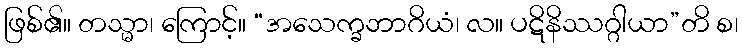
ဖြစ်၏။ တသ္မာ၊ ကြောင့်။ “အသေက္ခဘာဂိယံ၊ လ။ ပဋိနိဿဂ္ဂါယာ”တိ စ၊